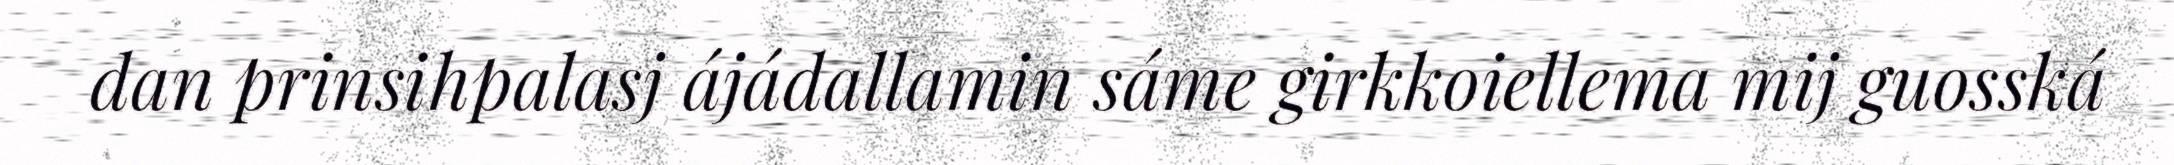
dan prinsihpalasj ájádallamin sáme girkkoiellema mij guosská